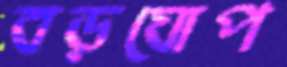
বড়ঘোপ